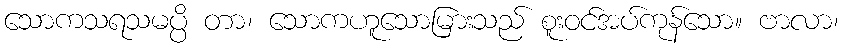
သောကသရသမပ္ပိ တာ၊ သောကဟူသောမြားသည် စူးဝင်အပ်ကုန်သော။ ဗာလာ၊